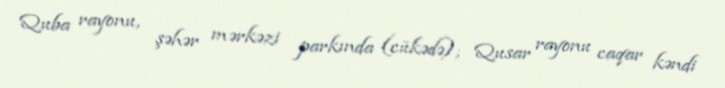
Quba rayonu, şəhər mərkəzi parkında (cükədə); Qusar rayonu caqar kəndi